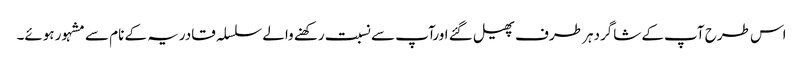
اس طرح آپ کے شاگردہر طرف پھیل گئے اورآپ سے نسبت رکھنے والے سلسلہ قادریہ کے نام سے مشہور ہوئے۔